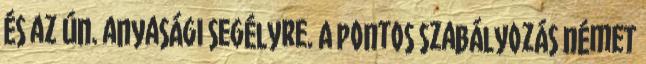
és az ún. anyasági segélyre. A pontos szabályozás német